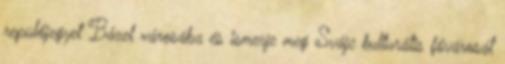
repülőjegyet Bázel városába és ismerje meg Svájc kulturális fővárosát